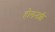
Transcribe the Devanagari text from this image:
हौलनशी